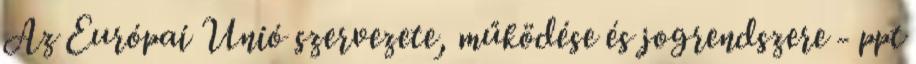
Az Európai Unió szervezete, működése és jogrendszere - ppt